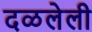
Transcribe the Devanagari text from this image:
दळलेली